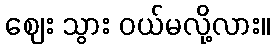
ဈေး သွား ဝယ်မလို့လား။